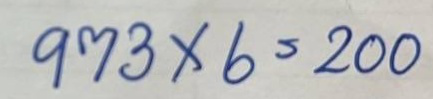
973 x 6 = 200